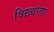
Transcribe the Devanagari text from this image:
विख्याताः